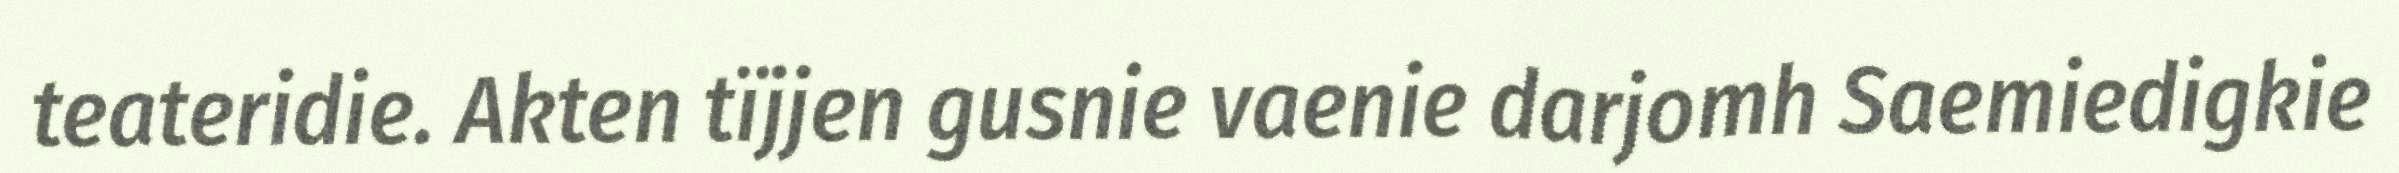
teateridie. Akten tïjjen gusnie vaenie darjomh Saemiedigkie